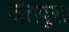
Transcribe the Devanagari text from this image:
जतपुरा